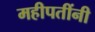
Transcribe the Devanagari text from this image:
महीपतींनी